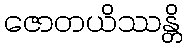
ဇောတယိဿန္တိ